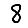
Digit: 8